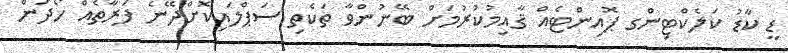
ޑީ ކާޑު ކަލެކްޓިންގ ޕޮއިންޓެއް ޤާއިމުކުރުމަށް ބޭނުންވާ ތަކެތި ސަޕްލައިކޮށްދޭނެ ފަރާތެއް ހޯދަން